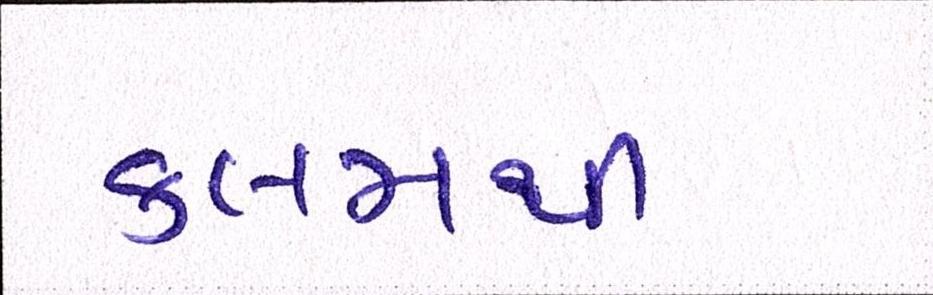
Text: કલમથી